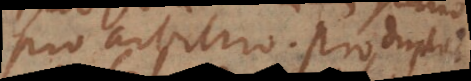
pro arbitrio. Pro duplici